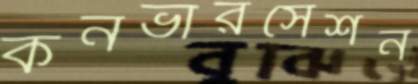
কনভারসেশন